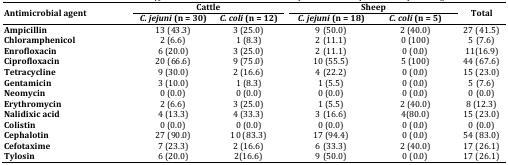
<table><thead><tr><td rowspan="2"><b>Antimicrobial agent</b></td><td colspan="2"><b>Cattle</b></td><td></td><td colspan="2"><b>Sheep</b></td><td rowspan="2"><b>Total</b></td></tr><tr><td><b><i>C. jejuni</i> (n = 30)</b></td><td><b><i>C. coli</i> (n = 12)</b></td><td></td><td><b><i>C. jejuni</i> (n = 18)</b></td><td><b><i>C. coli</i> (n = 5)</b></td></tr></thead><tbody><tr><td><b>Ampicillin</b></td><td>13 (43.3)</td><td>3 (25.0)</td><td></td><td>9 (50.0)</td><td>2 (40.0)</td><td>27 (41.5)</td></tr><tr><td><b>Chloramphenicol</b></td><td>2 (6.6)</td><td>1 (8.3)</td><td></td><td>2 (11.1)</td><td>0 (100)</td><td>5 (7.6)</td></tr><tr><td><b>Enrofloxacin</b></td><td>6 (20.0)</td><td>3 (25.0)</td><td></td><td>2 (11.1)</td><td>0 (0.0)</td><td>11(16.9)</td></tr><tr><td><b>Ciprofloxacin</b></td><td>20 (66.6)</td><td>9 (75.0)</td><td></td><td>10 (55.5)</td><td>5 (100)</td><td>44 (67.6)</td></tr><tr><td><b>Tetracycline</b></td><td>9 (30.0)</td><td>2 (16.6)</td><td></td><td>4 (22.2)</td><td>0 (0.0)</td><td>15 (23.0)</td></tr><tr><td><b>Gentamicin</b></td><td>3 (10.0)</td><td>1 (8.3)</td><td></td><td>1 (5.5)</td><td>0 (0.0)</td><td>5 (7.6)</td></tr><tr><td><b>Neomycin</b></td><td>0 (0.0)</td><td>0 (0.0)</td><td></td><td>0 (0.0)</td><td>0 (0.0)</td><td>0 (0.0)</td></tr><tr><td><b>Erythromycin</b></td><td>2 (6.6)</td><td>3 (25.0)</td><td></td><td>1 (5.5)</td><td>2 (40.0)</td><td>8 (12.3)</td></tr><tr><td><b>Nalidixic acid</b></td><td>4 (13.3)</td><td>4 (33.3)</td><td></td><td>3 (16.6)</td><td>4(80.0)</td><td>15 (23.0)</td></tr><tr><td><b>Colistin</b></td><td>0 (0.0)</td><td>0 (0.0)</td><td></td><td>0 (0.0)</td><td>0 (0.0)</td><td>0 (0.0)</td></tr><tr><td><b>Cephalotin</b></td><td>27 (90.0)</td><td>10 (83.3)</td><td></td><td>17 (94.4)</td><td>0 (0.0)</td><td>54 (83.0)</td></tr><tr><td><b>Cefotaxime</b></td><td>7 (23.3)</td><td>2 (16.6)</td><td></td><td>6 (33.3)</td><td>2 (40.0)</td><td>17 (26.1)</td></tr><tr><td><b>Tylosin</b></td><td>6 (20.0)</td><td>2(16.6)</td><td></td><td>9 (50.0)</td><td>0 (0.0)</td><td>17 (26.1)</td></tr></tbody></table>